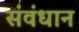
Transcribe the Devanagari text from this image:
संवंधान